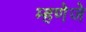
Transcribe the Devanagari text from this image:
म्हणेजे